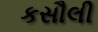
કસૌલી